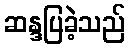
ဆန္ဒပြခဲ့သည်